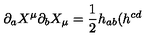
\partial _ { a } X ^ { \mu } \partial _ { b } X _ { \mu } = \frac { 1 } { 2 } h _ { a b } ( h ^ { c d }